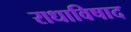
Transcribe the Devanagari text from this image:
राधाविषाद